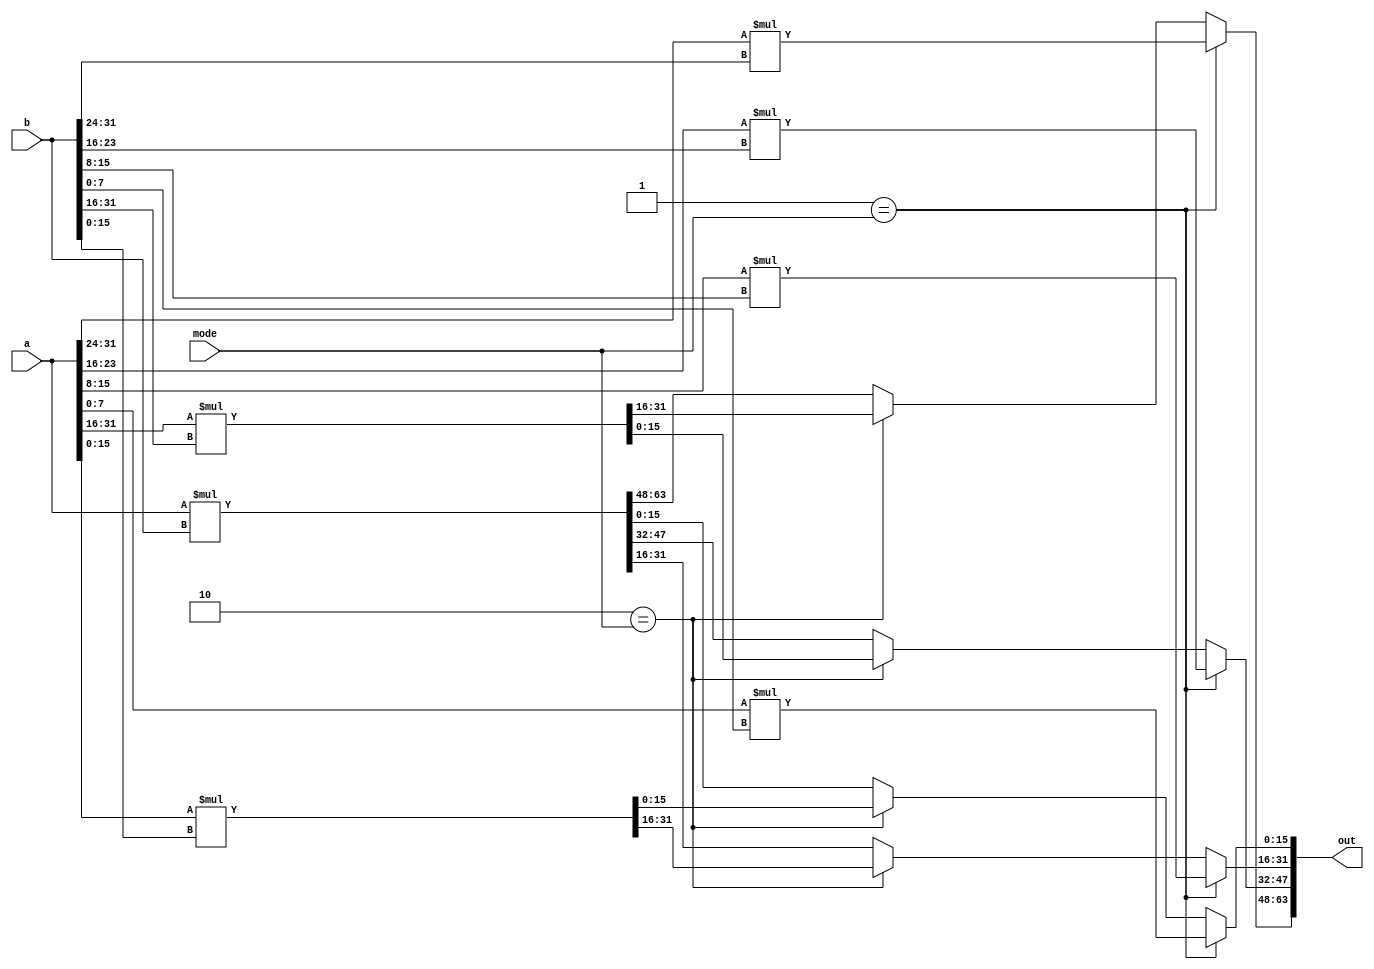
//-----------------------------------------------------
// Design Name : mult_32x32
// Function    : A 32-bit multiplier which can operate in fracturable modes:
//               1. four 8-bit multipliers
//               2. two 16-bit multipliers
//               3. one 32-bit multipliers
// Coder       : Xifan Tang
//-----------------------------------------------------

module mult_32x32 (
	input [0:31] a,
	input [0:31] b,
	output [0:63] out,
    input [0:1] mode);

    reg [0:63] out_reg;

    always @(mode, a, b) begin 
       if (2'b01 == mode) begin
         out_reg[0:15] <= a[0:7] * b[0:7];
         out_reg[16:31] <= a[8:15] * b[8:15];
         out_reg[32:47] <= a[16:23] * b[16:23];
         out_reg[48:63] <= a[24:31] * b[24:31];
       end else if (2'b10 == mode) begin
         out_reg[0:31] <= a[0:15] * b[0:15];
         out_reg[32:63] <= a[16:31] * b[16:31];
       end else begin
         out_reg <= a * b;
       end
    end

    assign out = out_reg;

endmodule